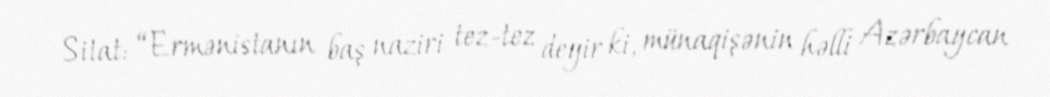
Sitat: “Ermənistanın baş naziri tez-tez deyir ki, münaqişənin həlli Azərbaycan